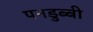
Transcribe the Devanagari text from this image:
पनडुब्‍बी